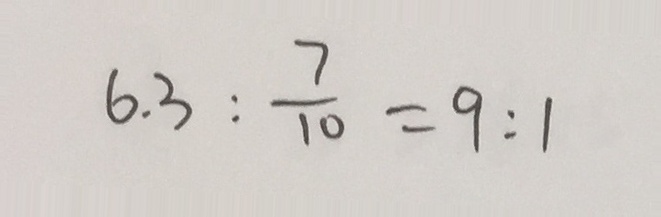
6 . 3 : \frac { 7 } { 1 0 } = 9 : 1